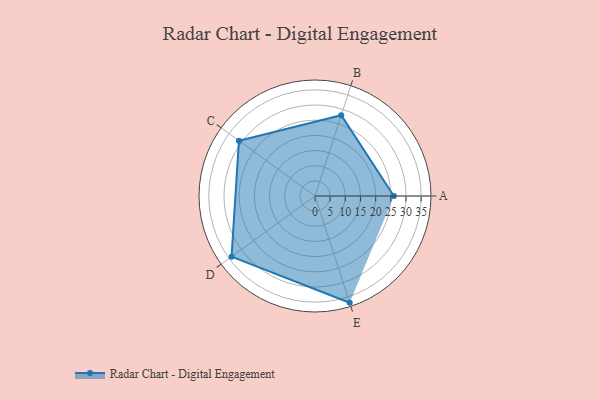
{"axis": {"x": "Skill", "y": "Score"}, "legend": ["Profile"], "data": [{"x": "A", "y": 26.0, "type": "Profile"}, {"x": "B", "y": 28.0, "type": "Profile"}, {"x": "C", "y": 31.0, "type": "Profile"}, {"x": "D", "y": 34.0, "type": "Profile"}, {"x": "E", "y": 37.0, "type": "Profile"}]}